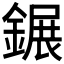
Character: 𨫀